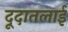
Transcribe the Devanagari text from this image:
दूदातलाई